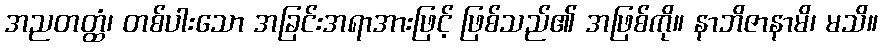
အညတတ္ထံ၊ တစ်ပါးသော အခြင်းအရာအားဖြင့် ဖြစ်သည်၏ အဖြစ်ကို။ နာဘိဇာနာမိ၊ မသိ။